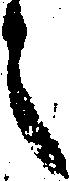
之